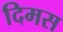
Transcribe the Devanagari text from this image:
दिमस